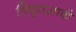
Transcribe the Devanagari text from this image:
विद्युत्आर्क